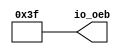
// SPDX-FileCopyrightText: 2020 Efabless Corporation
//
// Licensed under the Apache License, Version 2.0 (the "License");
// you may not use this file except in compliance with the License.
// You may obtain a copy of the License at
//
//      http://www.apache.org/licenses/LICENSE-2.0
//
// Unless required by applicable law or agreed to in writing, software
// distributed under the License is distributed on an "AS IS" BASIS,
// WITHOUT WARRANTIES OR CONDITIONS OF ANY KIND, either express or implied.
// See the License for the specific language governing permissions and
// limitations under the License.
// SPDX-License-Identifier: Apache-2.0

`default_nettype none
/*
 *-------------------------------------------------------------
 *
 * analog_io_control
 *
 * This is an simple digital block,
 * only providing signals tied to High 
 * to be connected to OEB of I/O pads used only as analog I/O
 *
 *-------------------------------------------------------------
 */

module analog_io_control #(
    parameter BITS = 6
)(
`ifdef USE_POWER_PINS
    inout vccd1,	// User area 1 1.8V supply
    inout vssd1,	// User area 1 digital ground
`endif

    // IOs
    output [BITS-1:0] io_oeb
);
    assign io_oeb = {(BITS){1'b1}};

endmodule
`default_nettype wire